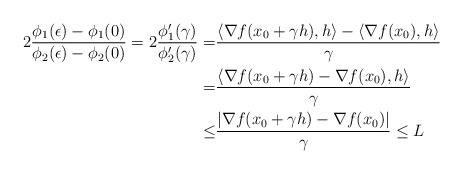
LaTeX: \begin{align*}2 \dfrac{\phi_1(\epsilon)- \phi_1(0)}{\phi_2(\epsilon)- \phi_2(0)} =2 \dfrac{\phi_1'(\gamma)}{\phi_2'(\gamma)} = & \dfrac{\langle\nabla f(x_0+\gamma h),h\rangle - \langle\nabla f(x_0),h\rangle}{\gamma}\\= & \dfrac{\langle\nabla f(x_0+\gamma h)- \nabla f(x_0) ,h\rangle }{\gamma}\\\leq & \dfrac{|\nabla f(x_0+\gamma h)- \nabla f(x_0)| }{\gamma} \leq L\end{align*}